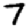
Digit: 7